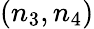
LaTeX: (n_{3},n_{4})